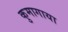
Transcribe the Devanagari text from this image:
कुमागाया